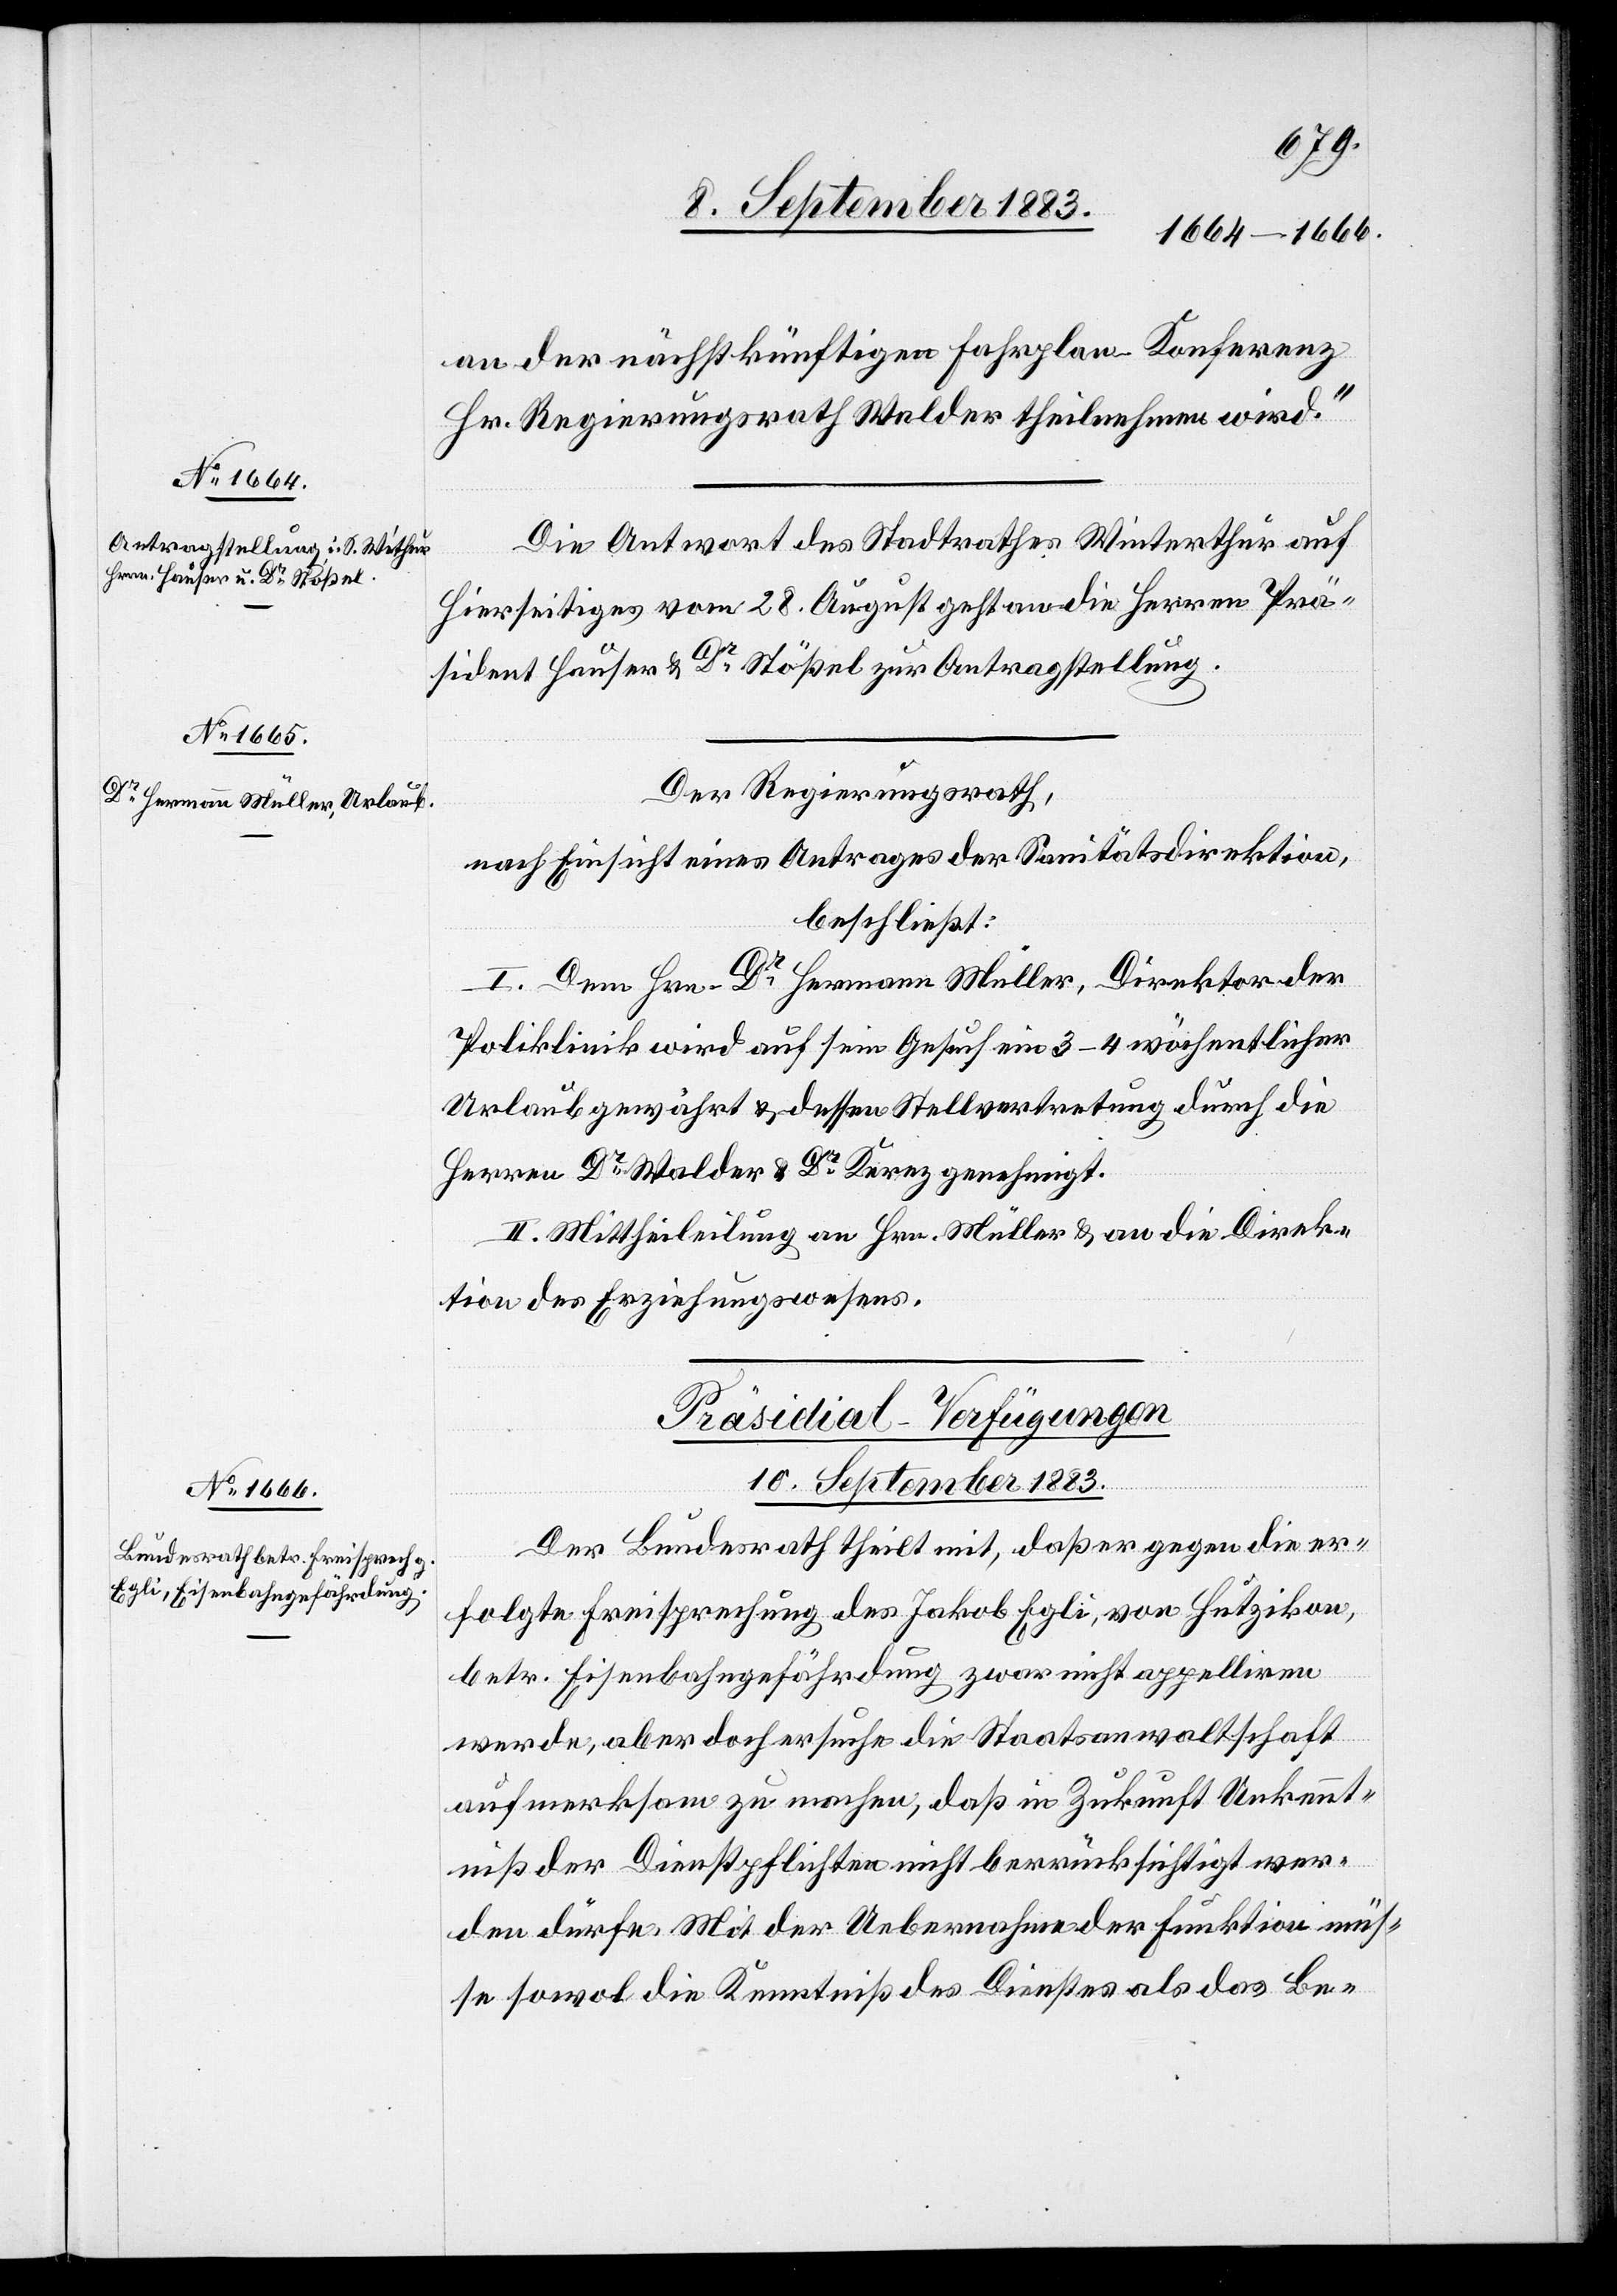
an der nächstkünftigen Fahrplan-Konferenz
Hr. Regierungsrath Walder theilnehmen wird.“
Die Antwort des Stadtrathes Winterthur auf
Hierseitiges vom 28. August geht an die Herren Prä¬
sident Hauser & Dr Stößel zur Antragstellung.
Der Regierungsrath,
nach Einsicht eines Antrages der Sanitätsdirektion,
beschließt:
I. Dem Hrn. Dr Hermann Müller, Direktor der
Poliklinik wird auf sein Gesuch um 3–4 wöchentlicher
Urlaub gewährt & dessen Stellvertretung durch die
Herren Dr Walder & Dr Kernz genehmigt.
II. Mittheilung an Hrn. Müller & an die Direk¬
tion des Erziehungswesens.
Präsidial-Verfügungen
10. September 1883.
Der Bundesrath theilt mit, daß er gegen die er¬
folgte Freisprechung des Jakob Egli, von Hutzikon,
betr. Eisenbahngefährdung zwar nicht appelliren
werde, aber doch ersuche die Staatsanwaltschaft
aufmerksam zu machen, daß in Zukunft Unkennt¬
niß der Dienstpflichten nicht berücksichtigt wer¬
den dürfe. Mit der Uebernahme der Funktion müs¬
se sowol die Kenntniß des Dienstes als das Be-